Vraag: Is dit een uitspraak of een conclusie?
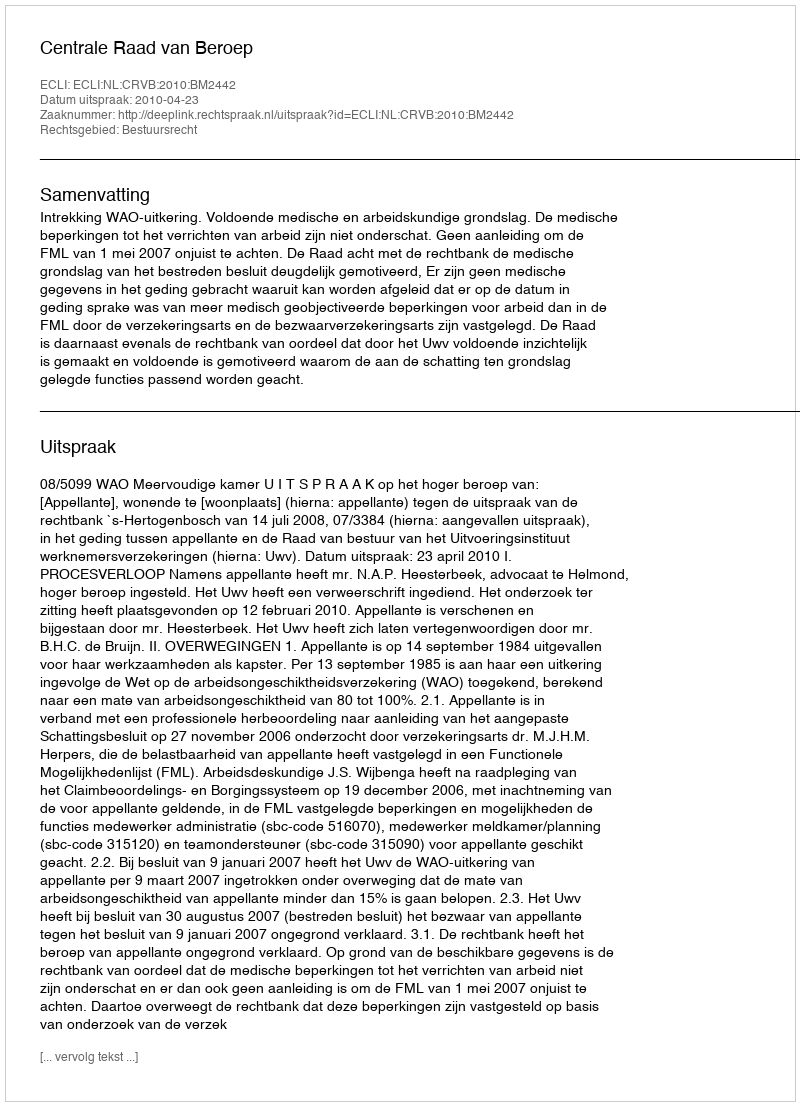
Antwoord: Uitspraak